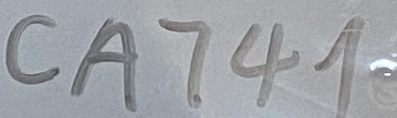
Text: CA741